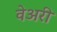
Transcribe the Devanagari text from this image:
वेअरी